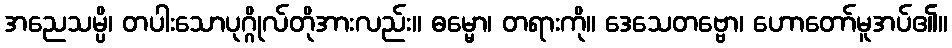
အညေသမ္ပိ၊ တပါးသောပုဂ္ဂိုလ်တိုအားလည်း။ ဓမ္မော၊ တရားကို။ ဒေသေတဗ္ဗော၊ ဟောတော်မူအပ်၏။